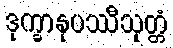
ဒုက္ခာနုပဿီသုတ္တံ